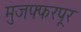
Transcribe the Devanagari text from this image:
मुजफ्फरपूर